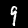
Label: 9